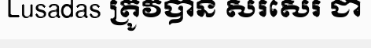
Lusadas ត្រូវបាន សរសេរ ជា